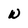
Character: w